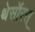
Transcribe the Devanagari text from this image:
थेसॉरस्